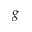
_ { g }